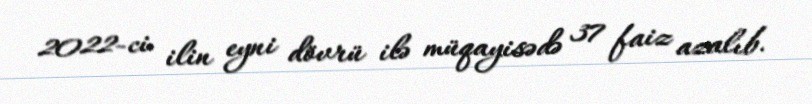
2022-ci ilin eyni dövrü ilə müqayisədə 37 faiz azalıb.